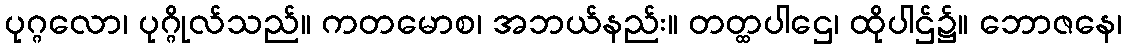
ပုဂ္ဂလော၊ ပုဂ္ဂိုလ်သည်။ ကတမောစ၊ အဘယ်နည်း။ တတ္ထပါဌေ၊ ထိုပါဌ်၌။ ဘောဇနေ၊